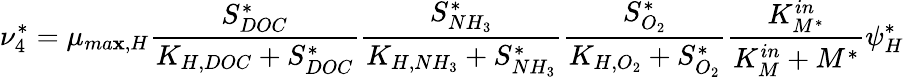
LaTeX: \nu_{4}^{*}=\mu_{ma\mathbf{x},H}\frac{{S_{DOC}^{*}}}{{K_{H,DOC}+S_{DOC}^{*}}}\frac{{S_{NH_{3}}^{*}}}{{K_{H,NH_{3}}+S_{NH_{3}}^{*}}}\frac{{S_{O_{2}}^{*}}}{{K_{H,O_{2}}+S_{O_{2}}^{*}}}\frac{{K_{M^{*}}^{in}}}{{K_{M}^{in}+M^{*}}}\psi_{H}^{*}